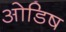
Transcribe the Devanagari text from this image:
ओडिष